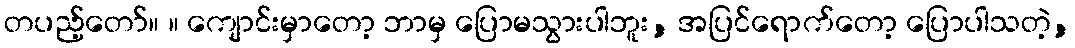
တပည့်တော်။ ။ ကျောင်းမှာတော့ ဘာမှ ပြောမသွားပါဘူး, အပြင်ရောက်တော့ ပြောပါသတဲ့,